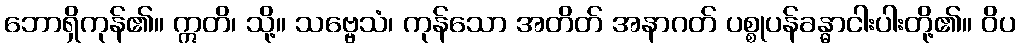
ဘောရှိကုန်၏။ ဣတိ၊ သို့။ သဗ္ဗေသံ၊ ကုန်သော အတိတ် အနာဂတ် ပစ္စုပန်ခန္ဓာငါးပါးတို့၏။ ဝိပ